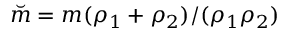
\breve { m } = m ( \rho _ { 1 } + \rho _ { 2 } ) / ( \rho _ { 1 } \rho _ { 2 } )